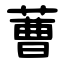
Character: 蓸